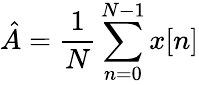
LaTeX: {\hat{A}}={\frac{1}{N}}\sum_{n=0}^{N-1}x[n]